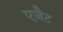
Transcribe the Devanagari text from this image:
एजैेट